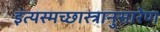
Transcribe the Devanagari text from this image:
इत्यस्मच्छास्त्रानुसारेण